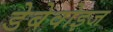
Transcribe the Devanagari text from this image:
डेबेवोइज